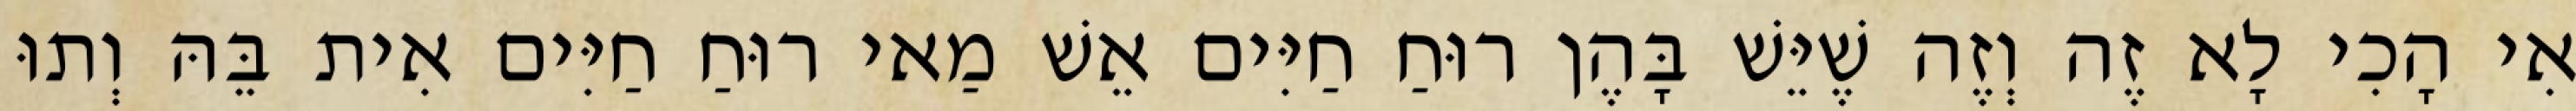
אִי הָכִי לָא זֶה וְזֶה שֶׁיֵּשׁ בָּהֶן רוּחַ חַיִּים אֵשׁ מַאי רוּחַ חַיִּים אִית בֵּהּ וְתוּ